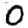
Digit: 0